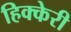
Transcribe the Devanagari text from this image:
हिक्केरी